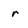
Character: r